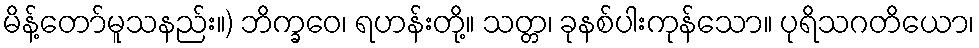
မိန့်တော်မူသနည်း။) ဘိက္ခဝေ၊ ရဟန်းတို့။ သတ္တ၊ ခုနစ်ပါးကုန်သော။ ပုရိသဂတိယော၊